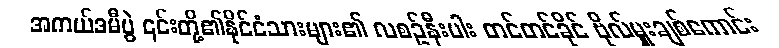
အကယ်ဒမီပွဲ ၎င်းတို့၏နိုင်ငံသားများ၏ လစဉ်နီးပါး တင်တင်ခိုင် ဗိုလ်မှူးချစ်ကောင်း